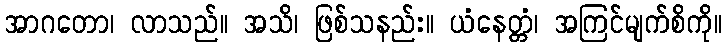
အာဂတော၊ လာသည်။ အသိ၊ ဖြစ်သနည်း။ ယံနေတ္တံ၊ အကြင်မျက်စိကို။